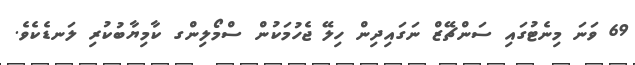
69 ވަނަ މިނެޓުގައި ސަންޗޭޒް ނަގައިދިން ހިލޭ ޖެހުމަކުން ސްމޯލިންގ ކާމިޔާބުކުރި ލަނޑެކެވެ.